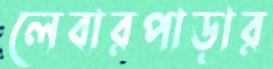
লেবারপাড়ার